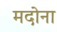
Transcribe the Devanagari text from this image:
मदोना